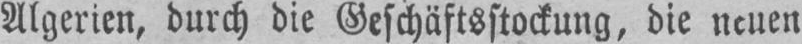
Algerien, durch die Geschäftsstockung, die neuen